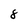
Character: 8